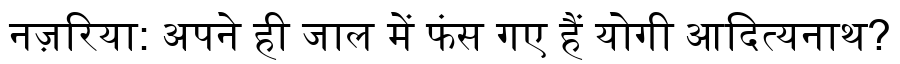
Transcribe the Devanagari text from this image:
नज़रिया: अपने ही जाल में फंस गए हैं योगी आदित्यनाथ?